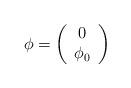
LaTeX: \begin{align*}\phi=\left( \begin{array}{c} 0\\ \phi_{0} \end{array} \right)\end{align*}